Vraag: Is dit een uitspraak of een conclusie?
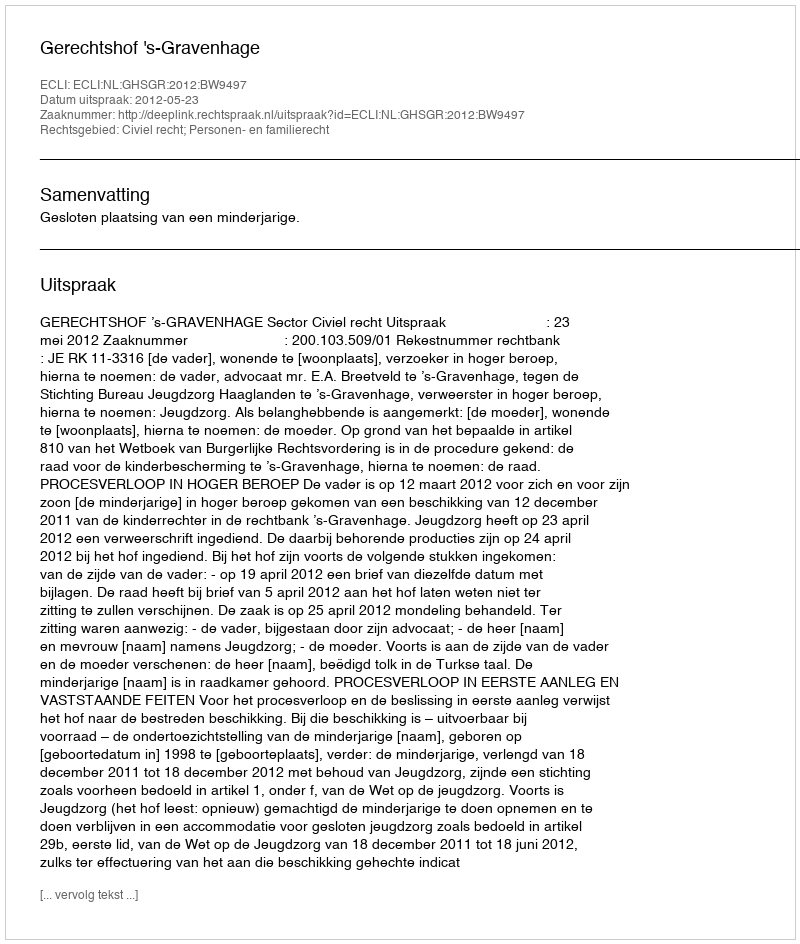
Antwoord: Uitspraak